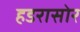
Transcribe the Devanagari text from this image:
हडरासोर